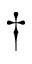
\dagger